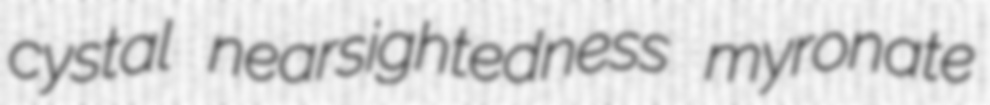
cystal nearsightedness myronate